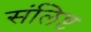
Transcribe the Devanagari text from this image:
संलिष्ट